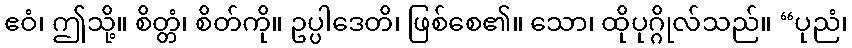
ဧဝံ၊ ဤသို့။ စိတ္တံ၊ စိတ်ကို။ ဥပ္ပါဒေတိ၊ ဖြစ်စေ၏။ သော၊ ထိုပုဂ္ဂိုလ်သည်။ “ပုညံ၊